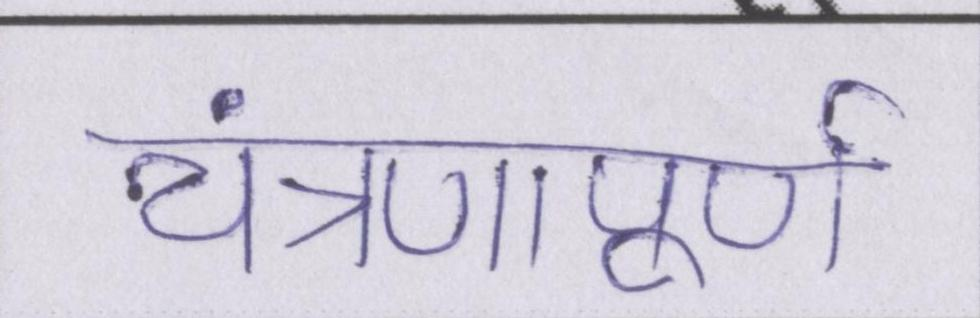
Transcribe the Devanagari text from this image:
यंत्रणापूर्ण